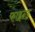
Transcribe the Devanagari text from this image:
फाइन्ड